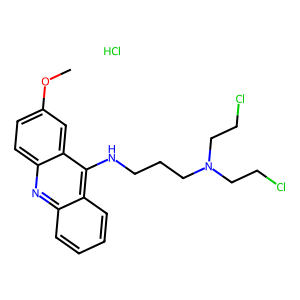
SMILES: COc1ccc2nc3ccccc3c(NCCCN(CCCl)CCCl)c2c1.Cl
Inhibits HIV replication: No